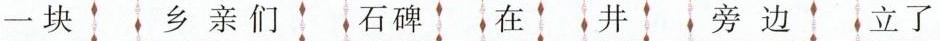
一块 乡亲们 石碑 在 井 旁边 立了